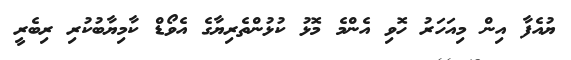
ޔުއެފާ އިން މިއަހަރު ހޮވި އެންމެ މޮޅު ކުޅުންތެރިޔާގެ އެވޯޑް ކާމިޔާބުކުރި ރިބެރީ